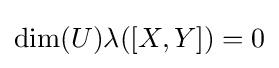
\dim(U)\lambda ([X,Y])=0